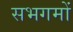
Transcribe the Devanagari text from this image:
सभगमों